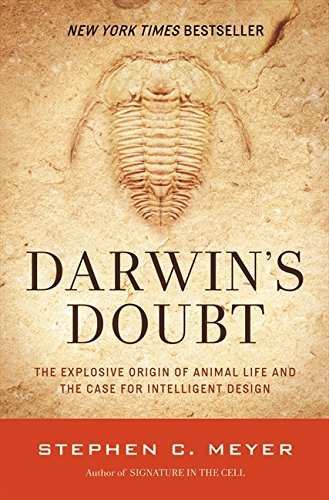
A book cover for Darwin's Doubt: The Explosive Origin of Animal Life and the Case for Intelligent Design; Stephen C. Meyer; Science & Math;